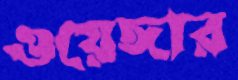
ওয়েঙ্গার